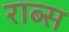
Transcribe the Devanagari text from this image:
राब्स